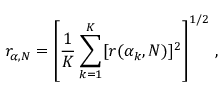
r _ { \alpha , N } = \left[ \frac { 1 } { K } \sum _ { k = 1 } ^ { K } [ r ( \alpha _ { k } , N ) ] ^ { 2 } \right] ^ { 1 / 2 } \, ,